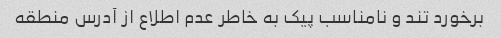
برخورد تند و نامناسب پیک به خاطر عدم اطلاع از آدرس منطقه